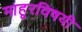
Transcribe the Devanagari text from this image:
माहूरविषयी